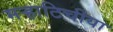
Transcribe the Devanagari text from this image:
मऱ्हाटिचीया